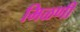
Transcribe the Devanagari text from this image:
मिळणी